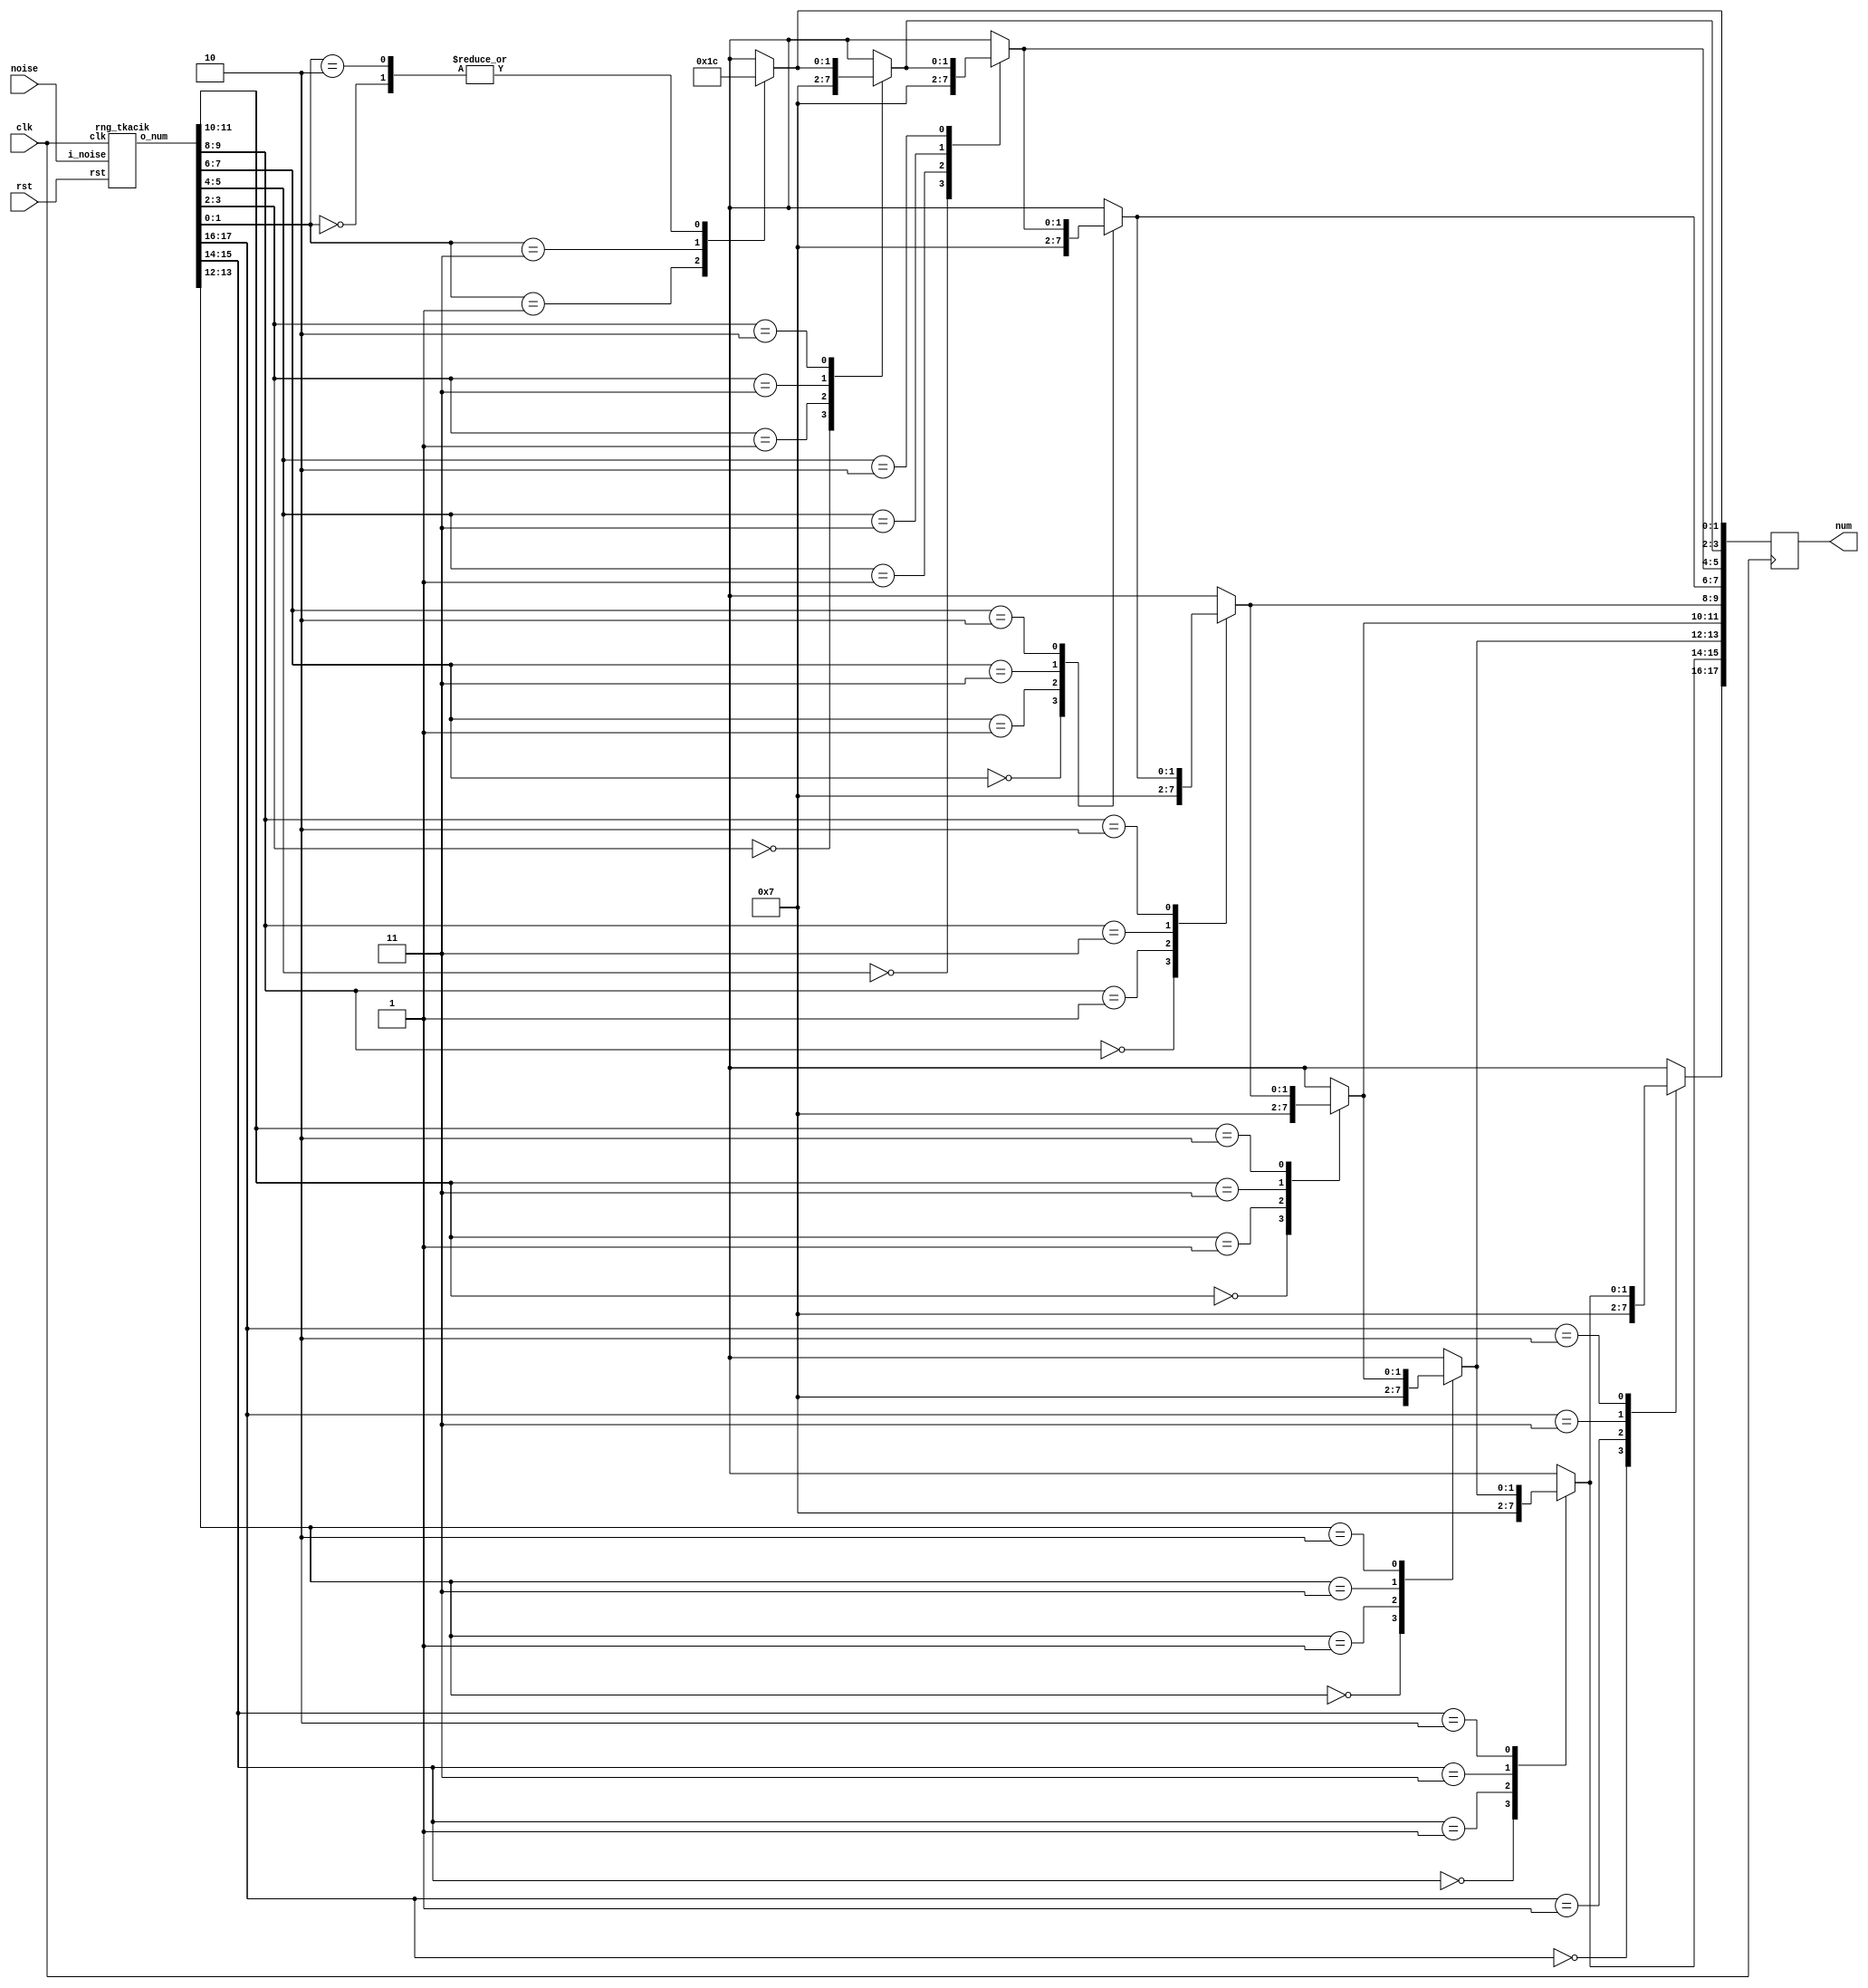
`timescale 1ps / 1ps
`default_nettype none

module trirng (
        input wire clk,
        input wire rst,

        input wire noise,

        output reg [17:0] num
);

function [17:0] trifix (input [17:0] in);
        integer ii;
        begin
                trifix = 0;
                for (ii = 0; ii < 18; ii = ii + 2) begin
                        case (in[ii+:2])
                        2'b00: trifix[ii+:2] = 2'b00;
                        2'b01: trifix[ii+:2] = 2'b01;
                        2'b11: trifix[ii+:2] = 2'b11;
                        2'b10: begin
                                if (ii == 0)
                                        trifix[ii+:2] = 0;
                                else
                                        trifix[ii+:2] = trifix[ii-2+:2];
                        end
                        endcase
                end
        end
endfunction

wire [31:0] num_32;
rng_tkacik p_rng(
	.clk(clk), .rst(rst),
	.i_noise(noise),
	.o_num(num_32)
);

always @(posedge clk) begin
	num <= trifix(num_32[17:0]);
end

endmodule


// See https://doi.org/10.1007/3-540-36400-5_32
module rng_tkacik (
	input wire clk,
	input wire rst,

	input wire i_noise,

	output reg [31:0] o_num
);

reg [42:0] r_LFSR;
reg [42:0] n_LFSR;

reg [36:0] r_CASR;
reg [36:0] n_CASR;

reg [31:0] n_num;

always @* begin
	n_LFSR[42] = r_LFSR[41];
	n_LFSR[41] = r_LFSR[40] ^ r_LFSR[42];
	n_LFSR[40] = r_LFSR[39];
	n_LFSR[39] = r_LFSR[38];
	n_LFSR[38] = r_LFSR[37];
	n_LFSR[37] = r_LFSR[36];
	n_LFSR[36] = r_LFSR[35];
	n_LFSR[35] = r_LFSR[34];
	n_LFSR[34] = r_LFSR[33];
	n_LFSR[33] = r_LFSR[32];
	n_LFSR[32] = r_LFSR[31];
	n_LFSR[31] = r_LFSR[30];
	n_LFSR[30] = r_LFSR[29];
	n_LFSR[29] = r_LFSR[28];
	n_LFSR[28] = r_LFSR[27];
	n_LFSR[27] = r_LFSR[26];
	n_LFSR[26] = r_LFSR[25];
	n_LFSR[25] = r_LFSR[24];
	n_LFSR[24] = r_LFSR[23];
	n_LFSR[23] = r_LFSR[22];
	n_LFSR[22] = r_LFSR[21];
	n_LFSR[21] = r_LFSR[20];
	n_LFSR[20] = r_LFSR[19] ^ r_LFSR[42];
	n_LFSR[19] = r_LFSR[18];
	n_LFSR[18] = r_LFSR[17];
	n_LFSR[17] = r_LFSR[16];
	n_LFSR[16] = r_LFSR[15];
	n_LFSR[15] = r_LFSR[14];
	n_LFSR[14] = r_LFSR[13];
	n_LFSR[13] = r_LFSR[12];
	n_LFSR[12] = r_LFSR[11];
	n_LFSR[11] = r_LFSR[10];
	n_LFSR[10] = r_LFSR[9];
	n_LFSR[9] = r_LFSR[8];
	n_LFSR[8] = r_LFSR[7];
	n_LFSR[7] = r_LFSR[6];
	n_LFSR[6] = r_LFSR[5];
	n_LFSR[5] = r_LFSR[4];
	n_LFSR[4] = r_LFSR[3];
	n_LFSR[3] = r_LFSR[2];
	n_LFSR[2] = r_LFSR[1];
	n_LFSR[1] = r_LFSR[0] ^ r_LFSR[42];
	n_LFSR[0] = r_LFSR[42] ^ i_noise;

	n_CASR[36] = r_CASR[35] ^ r_CASR[0];
	n_CASR[35] = r_CASR[34] ^ r_CASR[36];
	n_CASR[34] = r_CASR[33] ^ r_CASR[35];
	n_CASR[33] = r_CASR[32] ^ r_CASR[34];
	n_CASR[32] = r_CASR[31] ^ r_CASR[33];
	n_CASR[31] = r_CASR[30] ^ r_CASR[32];
	n_CASR[30] = r_CASR[29] ^ r_CASR[31];
	n_CASR[29] = r_CASR[28] ^ r_CASR[30];
	n_CASR[28] = r_CASR[27] ^ r_CASR[29];
	n_CASR[27] = r_CASR[26] ^ r_CASR[27] ^ r_CASR[28];
	n_CASR[26] = r_CASR[25] ^ r_CASR[27];
	n_CASR[25] = r_CASR[24] ^ r_CASR[26];
	n_CASR[24] = r_CASR[23] ^ r_CASR[25];
	n_CASR[23] = r_CASR[22] ^ r_CASR[24];
	n_CASR[22] = r_CASR[21] ^ r_CASR[23];
	n_CASR[21] = r_CASR[20] ^ r_CASR[22];
	n_CASR[20] = r_CASR[19] ^ r_CASR[21];
	n_CASR[19] = r_CASR[18] ^ r_CASR[20];
	n_CASR[18] = r_CASR[17] ^ r_CASR[19];
	n_CASR[17] = r_CASR[16] ^ r_CASR[18];
	n_CASR[16] = r_CASR[15] ^ r_CASR[17];
	n_CASR[15] = r_CASR[14] ^ r_CASR[16];
	n_CASR[14] = r_CASR[13] ^ r_CASR[15];
	n_CASR[13] = r_CASR[12] ^ r_CASR[14];
	n_CASR[12] = r_CASR[11] ^ r_CASR[13];
	n_CASR[11] = r_CASR[10] ^ r_CASR[12];
	n_CASR[10] = r_CASR[9] ^ r_CASR[11];
	n_CASR[9] = r_CASR[8] ^ r_CASR[10];
	n_CASR[8] = r_CASR[7] ^ r_CASR[9];
	n_CASR[7] = r_CASR[6] ^ r_CASR[8];
	n_CASR[6] = r_CASR[5] ^ r_CASR[7];
	n_CASR[5] = r_CASR[4] ^ r_CASR[6];
	n_CASR[4] = r_CASR[3] ^ r_CASR[5];
	n_CASR[3] = r_CASR[2] ^ r_CASR[4];
	n_CASR[2] = r_CASR[1] ^ r_CASR[3];
	n_CASR[1] = r_CASR[0] ^ r_CASR[2];
	n_CASR[0] = r_CASR[36] ^ r_CASR[1];

	n_num = n_LFSR[31:0] ^ n_CASR[31:0];
end

always @(posedge clk) begin
	r_LFSR <= n_LFSR;
	r_CASR <= n_CASR;
	o_num <= n_num;
	if (rst) begin
		r_LFSR <= 1;
		r_CASR <= 1;
		o_num <= 32'd1337;
	end
end

endmodule